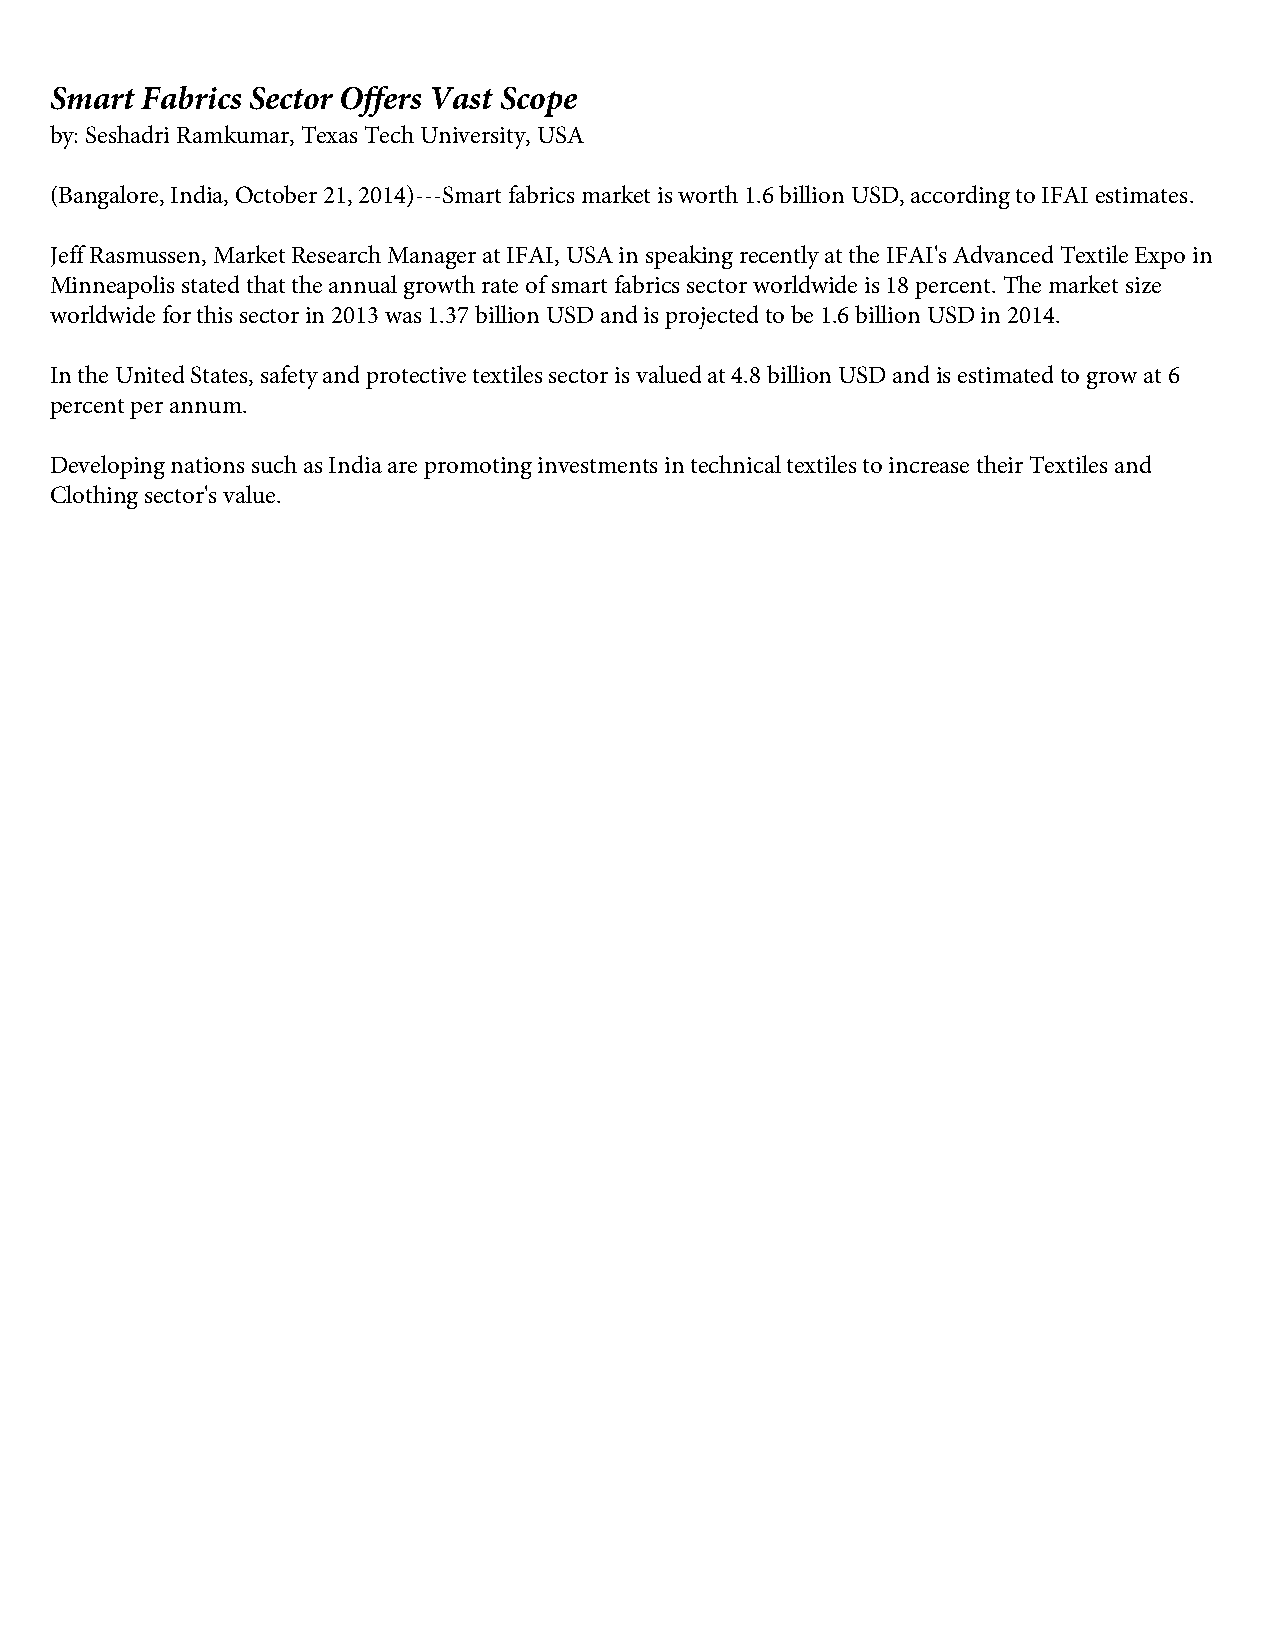
Smart Fabrics Sector Offers Vast Scope
 by: Seshadri Ramkumar, Texas Tech University, USA
 (Bangalore, India, October 21, 2014)---Smart fabrics market is worth 1.6 billion USD, according to IFAI estimates.
 Jeff Rasmussen, Market Research Manager at IFAI, USA in speaking recently at the IFAI's Advanced Textile Expo in
 Minneapolis stated that the annual growth rate of smart fabrics sector worldwide is 18 percent. The market size
 worldwide for this sector in 2013 was 1.37 billion USD and is projected to be 1.6 billion USD in 2014.
 In the United States, safety and protective textiles sector is valued at 4.8 billion USD and is estimated to grow at 6
 percent per annum.
 Developing nations such as India are promoting investments in technical textiles to increase their Textiles and
 Clothing sector's value.